Civil Veterinary Department. United Provinces 1932-42 - 1932-1942
Year: 1932
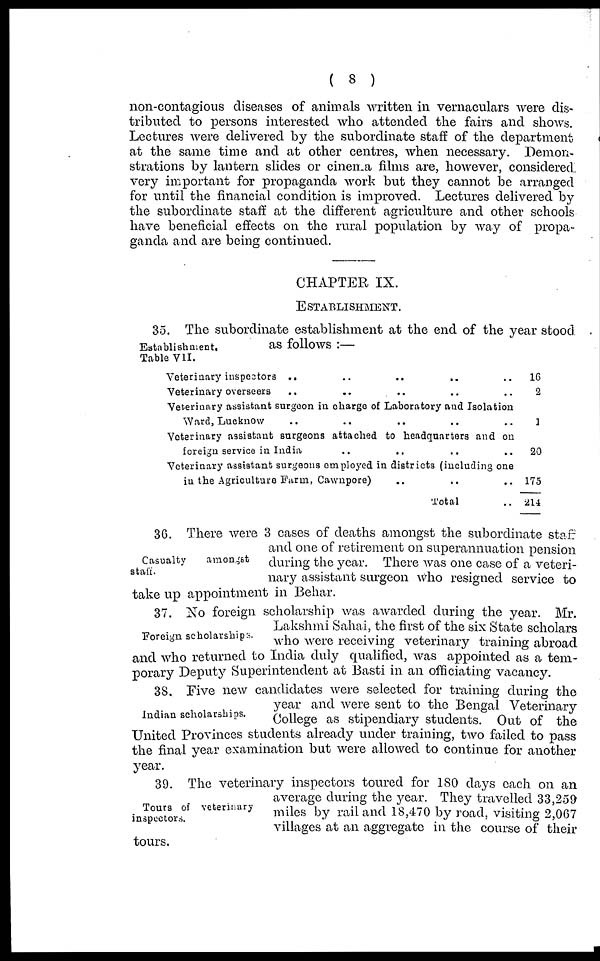
(8)
non-contagious diseases of animals written in vernaculars were dis-
tributed to persons interested who attended the fairs and shows.
Lectures were delivered by the subordinate staff of the department
at the same time and at other centres, when necessary. Demon-
strations by lantern slides or cinema films are, however, considered
very important for propaganda work but they cannot be arranged
for until the financial condition is improved. Lectures delivered by
the subordinate staff at the different agriculture and other schools
have beneficial effects on the rural population by way of propa-
ganda and are being continued.
CHAPTER IX.
ESTABLISHMENT.
Establishment.
Table VII.
35. The subordinate establishment at the end of the year stood
as follows :—
Veterinary inspectors .. .. .. .. ..
Veterinary overseers .. .. .. .. ..
Veterinary assistant surgeon in charge of Laboratory and Isolation
Ward, Lucknow .. .. .. .. .. ..
Veterinary assistant surgeons attached to headquarters and on
foreign service in India .. .. ..
Veterinary assistant surgeons employed in districts (including one
in the Agriculture Farm, Cawnpore) .. .. ..
Total ..
16
2
1
20
175
214
Casualty
amongst
staff.
36. There were 3 cases of deaths amongst the subordinate staff
and one of retirement on superannuation pension
during the year. There was one case of a veteri-
nary assistant surgeon who resigned service to
take up appointment in Behar.
Foreign scholarships.
37. No foreign scholarship was awarded during the year. Mr.
Lakshmi Sahai, the first of the six State scholars
who were receiving veterinary training abroad
and who returned to India duly qualified, was appointed as a tem-
porary Deputy Superintendent at Basti in an officiating vacancy.
Indian scholarships.
38. Five new candidates were selected for training during the
year and were sent to the Bengal Veterinary
College as stipendiary students. Out of the
United Provinces students already under training, two failed to pass
the final year examination but were allowed to continue for another
year.
Tours of veterinary
inspectors.
39. The veterinary inspectors toured for 180 days each on an
average during the year. They travelled 33,259
miles by rail and 18,470 by road, visiting 2,067
villages at an aggregate in the course of their
tours.